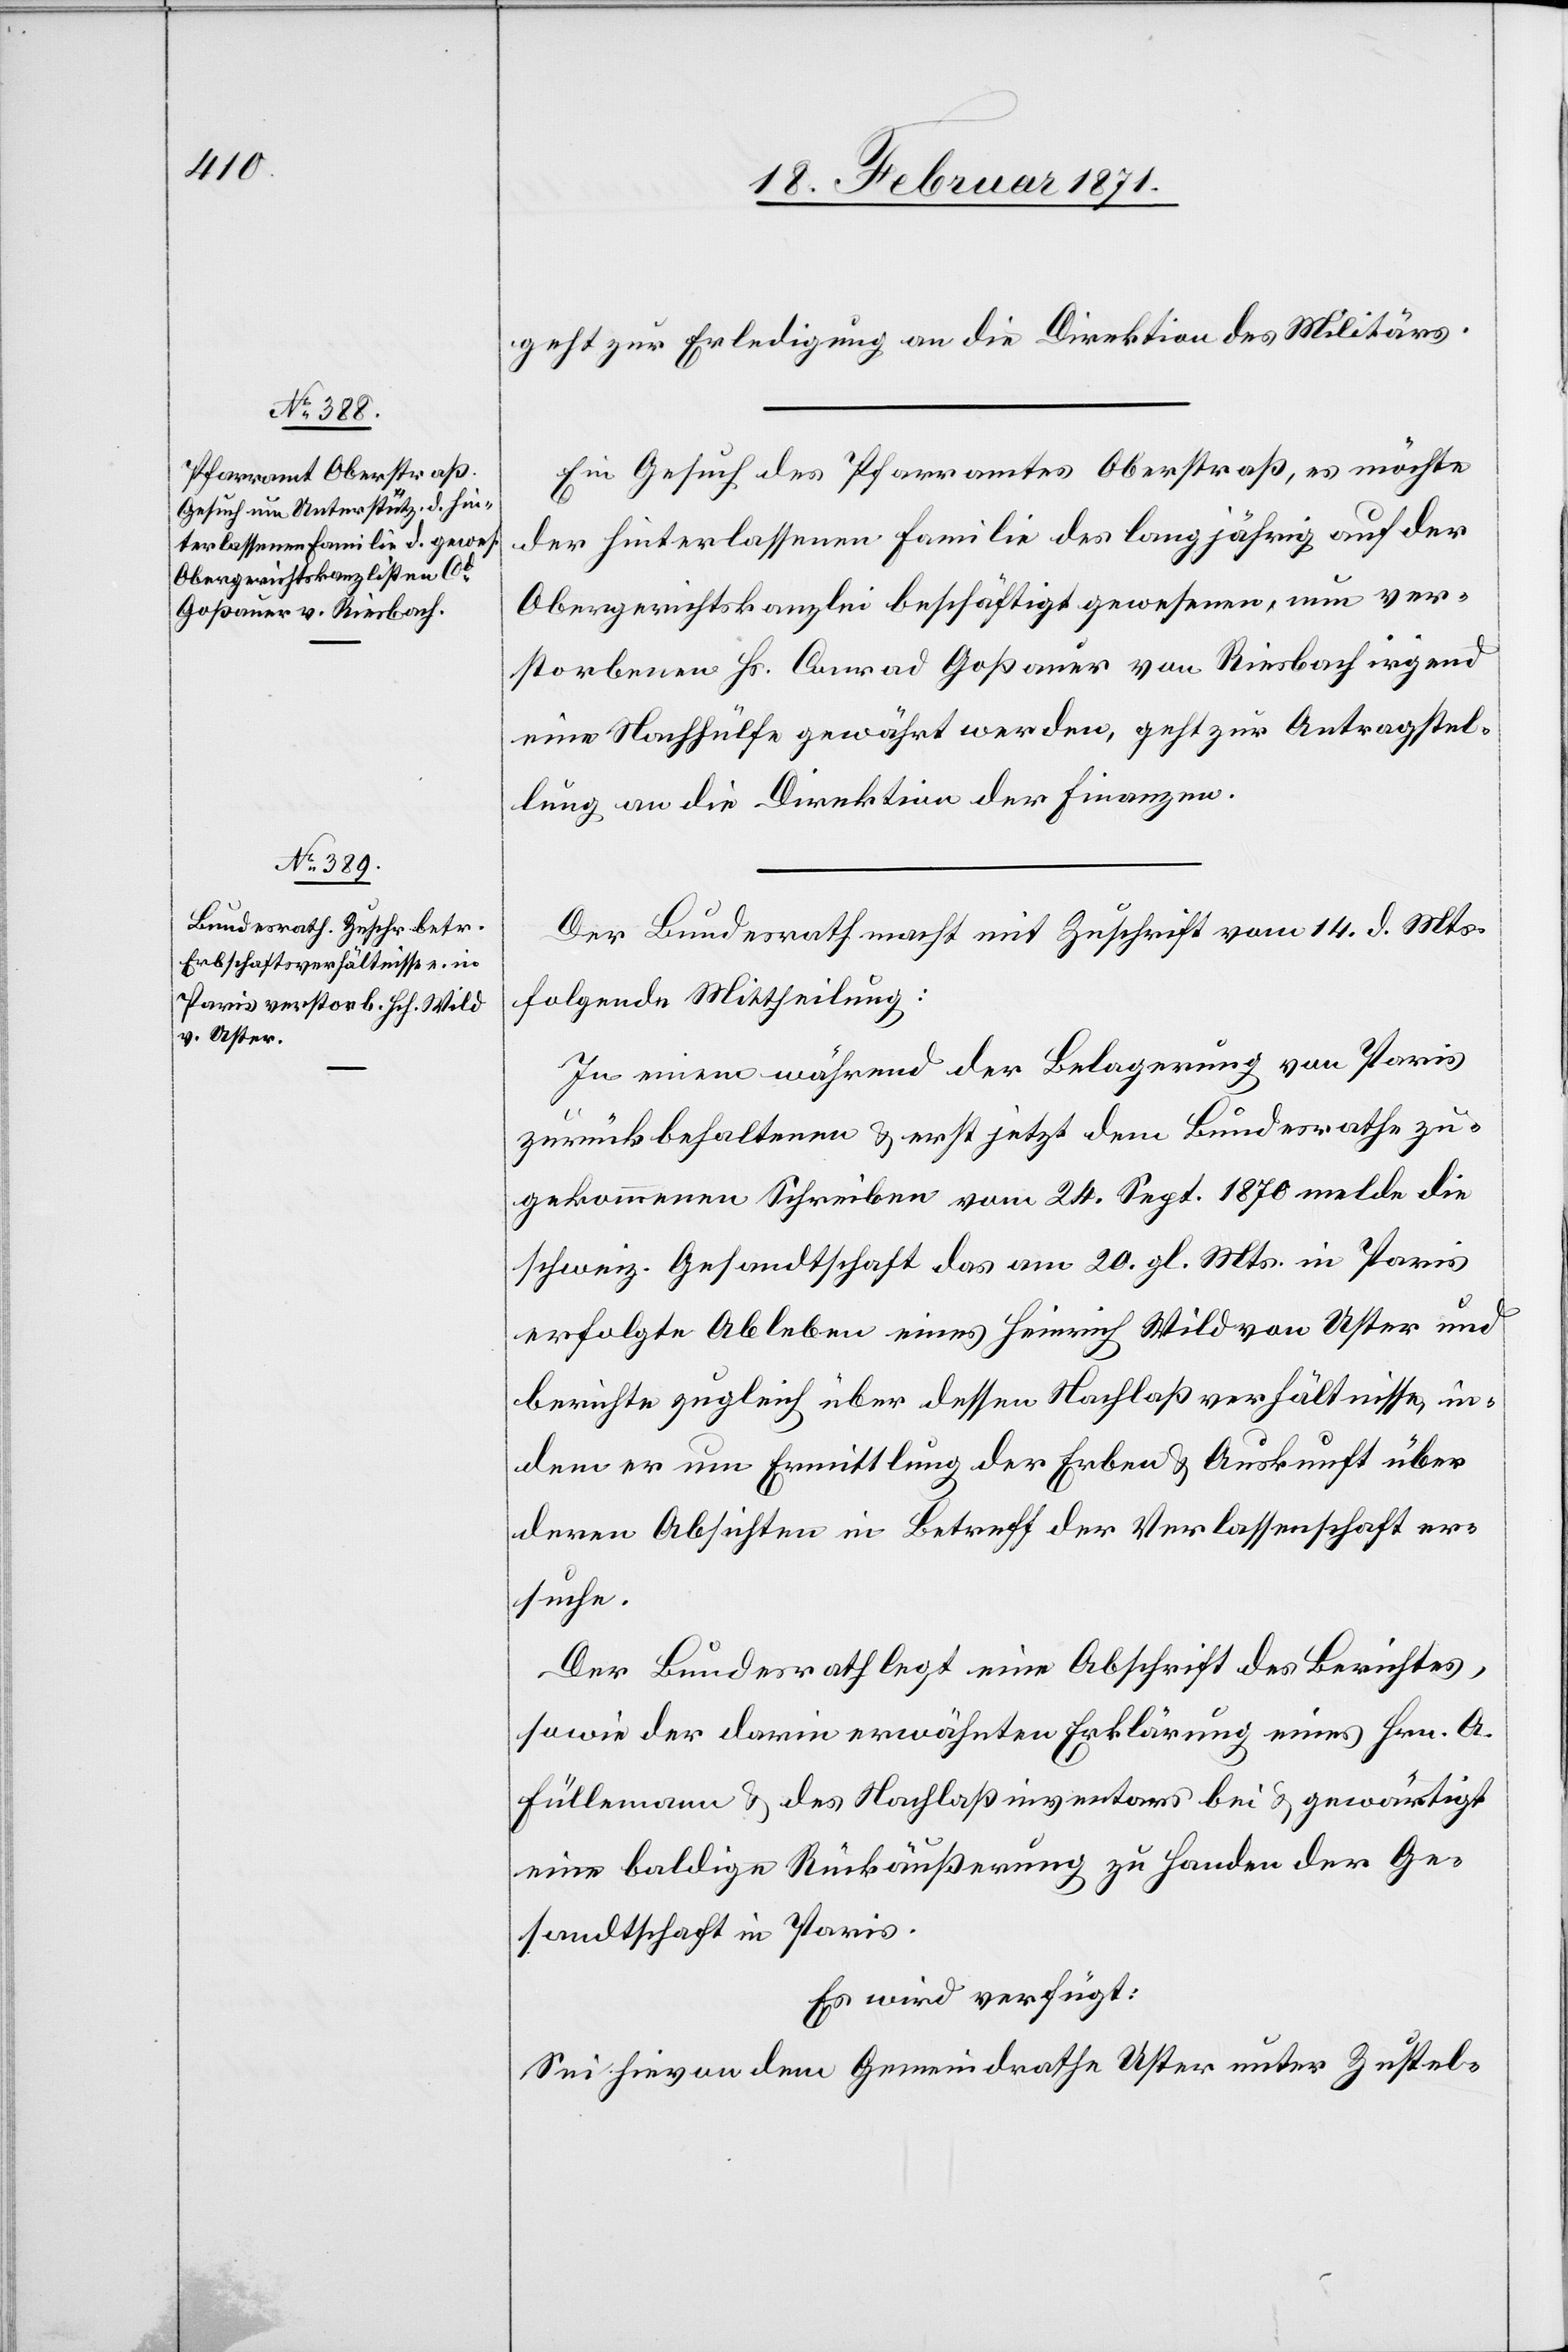
22. Februar 1871.]
geht zur Erledigung an die Direktion des Militärs.
Ein Gesuch des Pfarramtes Oberstraß, es möchte
der Hinterlassenen Familie des langjährig auf der
Obergerichtskanzlei beschäftigt gewesenen, nun ver¬
storbenen Hs. Conrad Goßauer von Riesbach irgend
eine Nachhülfe gewährt werden, geht zur Antragstel¬
lung an die Direktion der Finanzen.
Der Bundesrath macht mit Zuschrift vom 14. d. Mts.
folgende Mittheilung:
In einem während der Belagerung von Paris
zurückbehaltenen u. erst jetzt dem Bundesrathe zu¬
gekommenen Schreiben vom 24. Sept. 1870 melde die
schweiz. Gesandtschaft das am 20. gl. Mts. in Paris
erfolgte Ableben eines Heinrich Wild von Uster und
berichte zugleich über dessen Nachlaßverhältnisse, in¬
dem er um Ermittlung der Erben u. Auskunft über
deren Absichten in Betreff der Verlassenschaft er¬
suche.
Der Bundesrath legt eine Abschrift des Berichtes,
sowie der darin erwähnten Erklärung eines Hrn. A.
Füllemann u. des Nachlaßinventars bei u. gewärtigt
eine baldige Rückäußerung zu Handen der Ge¬
sandtschaft in Paris.
Es wird verfügt:
Sei hievon dem Gemeindrath Uster unter Zustel-